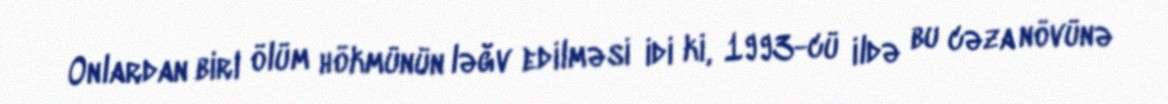
Onlardan biri ölüm hökmünün ləğv edilməsi idi ki, 1993-cü ildə bu cəza növünə